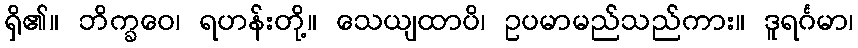
ရှိ၏။ ဘိက္ခဝေ၊ ရဟန်းတို့။ သေယျထာပိ၊ ဥပမာမည်သည်ကား။ ဒူရင်္ဂမာ၊